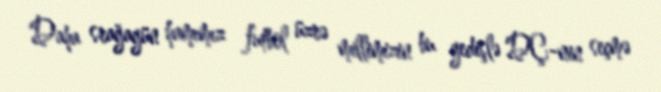
Daha srağagün hamımız futbol üzrə millimizin bu gedişlə DÇ-nin seçmə